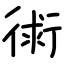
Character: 𧗷